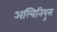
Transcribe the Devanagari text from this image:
अल्बिनियुस